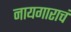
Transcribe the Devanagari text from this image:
नायगाराचं